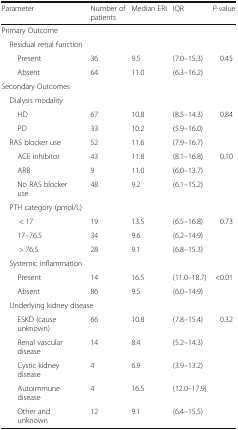
| Parameter | Number of patients | Median ERI | IQR | P-value |
 | --- | --- | --- | --- | --- |
 | <COLSPAN=5> Primary Outcome |
 | <COLSPAN=5> Residual renal function |
 | Present | 36 | 9.5 | (7.0–15.3) | <ROWSPAN=2> 0.45 |
 | Absent | 64 | 11.0 | (6.3–16.2) |
 | <COLSPAN=5> Secondary Outcomes |
 | <COLSPAN=5> Dialysis modality |
 | HD | 67 | 10.8 | (8.5–14.3) | <ROWSPAN=2> 0.84 |
 | PD | 33 | 10.2 | (5.9–16.0) |
 | RAS blocker use | 52 | 11.6 | (7.9–16.7) |  |
 | ACE inhibitor | 43 | 11.8 | (8.1–16.8) | <ROWSPAN=3> 0.10 |
 | ARB | 9 | 11.0 | (6.0–13.7) |
 | No RAS blocker use | 48 | 9.2 | (6.1–15.2) |
 | <COLSPAN=5> PTH category (pmol/L) |
 | < 17 | 19 | 13.5 | (6.5–16.8) | <ROWSPAN=3> 0.73 |
 | 17–76.5 | 34 | 9.6 | (6.2–14.9) |
 | > 76.5 | 28 | 9.1 | (6.8–15.3) |
 | <COLSPAN=5> Systemic inflammation |
 | Present | 14 | 16.5 | (11.0–18.7) | <ROWSPAN=2> <0.01 |
 | Absent | 86 | 9.5 | (6.0–14.9) |
 | <COLSPAN=5> Underlying kidney disease |
 | ESKD (cause unknown) | 66 | 10.8 | (7.8–15.4) | <ROWSPAN=5> 0.32 |
 | Renal vascular disease | 14 | 8.4 | (5.2–14.3) |
 | Cystic kidney disease | 4 | 6.9 | (3.9–13.2) |
 | Autoimmune disease | 4 | 16.5 | (12.0–17.9) |
 | Other and unknown | 12 | 9.1 | (6.4–15.5) |